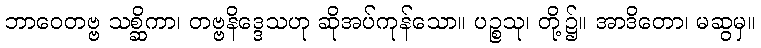
ဘာဝေတဗ္ဗ သစ္ဆိကာ၊ တဗ္ဗနိဒ္ဒေသဟု ဆိုအပ်ကုန်သော။ ပဉ္စသု၊ တို့၌။ အာဒိတော၊ မဆွမှ။